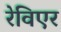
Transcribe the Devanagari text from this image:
रेविएर